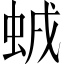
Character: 𧊥